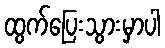
ထွက်ပြေးသွားမှာပါ